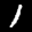
Label: 1